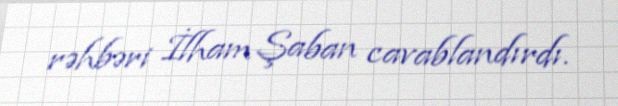
rəhbəri İlham Şaban cavablandırdı.